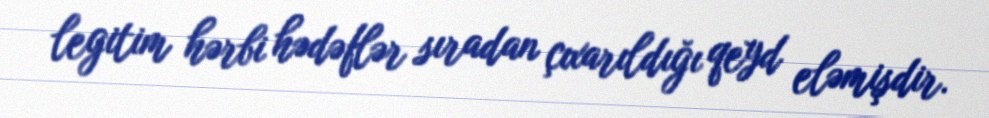
legitim hərbi hədəflər sıradan çıxarıldığı qeyd eləmişdir.